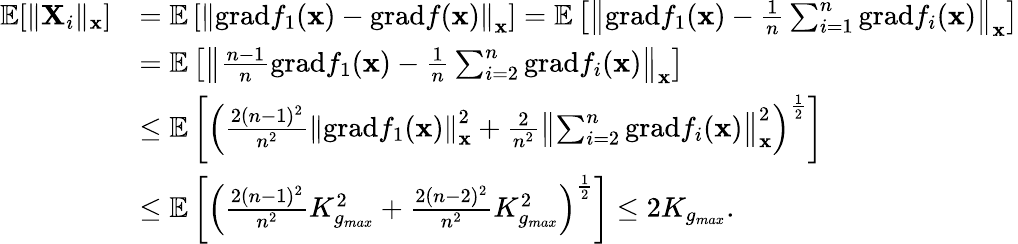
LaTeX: \begin{array}{rl}{\mathbb{E}[\| \mathbf{X}_{i}\| _{\mathbf{x}}]}&{=\mathbb{E}\left[\left\| \mathrm{grad}f_{1}(\mathbf{x})-\mathrm{grad}f(\mathbf{x})\right\| _{\mathbf{x}}\right]=\mathbb{E}\left[\left\| \mathrm{grad}f_{1}(\mathbf{x})-\frac{1}{n}\sum_{i=1}^{n}\mathrm{grad}f_{i}(\mathbf{x})\right\| _{\mathbf{x}}\right]}\\ &{=\mathbb{E}\left[\left\| \frac{n-1}{n}\mathrm{grad}f_{1}(\mathbf{x})-\frac{1}{n}\sum_{i=2}^{n}\mathrm{grad}f_{i}(\mathbf{x})\right\| _{\mathbf{x}}\right]}\\ &{\le\mathbb{E}\left[\left(\frac{2(n-1)^{2}}{n^{2}}\left\| \mathrm{grad}f_{1}(\mathbf{x})\right\| _{\mathbf{x}}^{2}+\frac{2}{n^{2}}\left\| \sum_{i=2}^{n}\mathrm{grad}f_{i}(\mathbf{x})\right\| _{\mathbf{x}}^{2}\right)^{\frac{1}{2}}\right]}\\ &{\le\mathbb{E}\left[\left(\frac{2(n-1)^{2}}{n^{2}}K_{g_{max}}^{2}+\frac{2(n-2)^{2}}{n^{2}}K_{g_{max}}^{2}\right)^{\frac{1}{2}}\right]\le 2K_{g_{max}}.}\end{array}